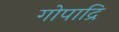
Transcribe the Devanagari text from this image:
गोपाद्रि